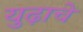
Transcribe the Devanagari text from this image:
युढ़ाचे